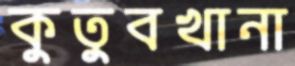
কুতুবখানা